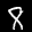
Label: 8